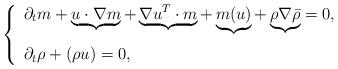
LaTeX: \begin{align*}\left\{\begin{array}{ll}\partial_t m+ \underbrace{u\cdot\nabla m}_{}+ \underbrace{\nabla u^{T}\cdot m}_{}+ \underbrace{m( u)}_{}+\underbrace{\rho \nabla\bar{\rho}}_{}=0,\\\partial_t\rho+(\rho u)=0,\end{array}\right.\end{align*}